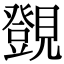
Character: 覴